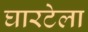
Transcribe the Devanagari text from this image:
घारटेला